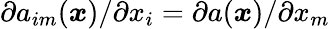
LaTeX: \partial a_{im}(\boldsymbol x)/\partial x_{i}=\partial a(\boldsymbol x)/\partial x_{m}